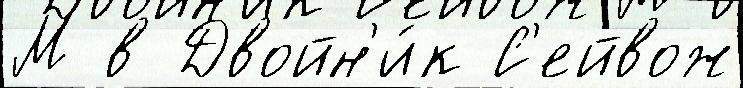
М в Двойн'и́к С'ейвож